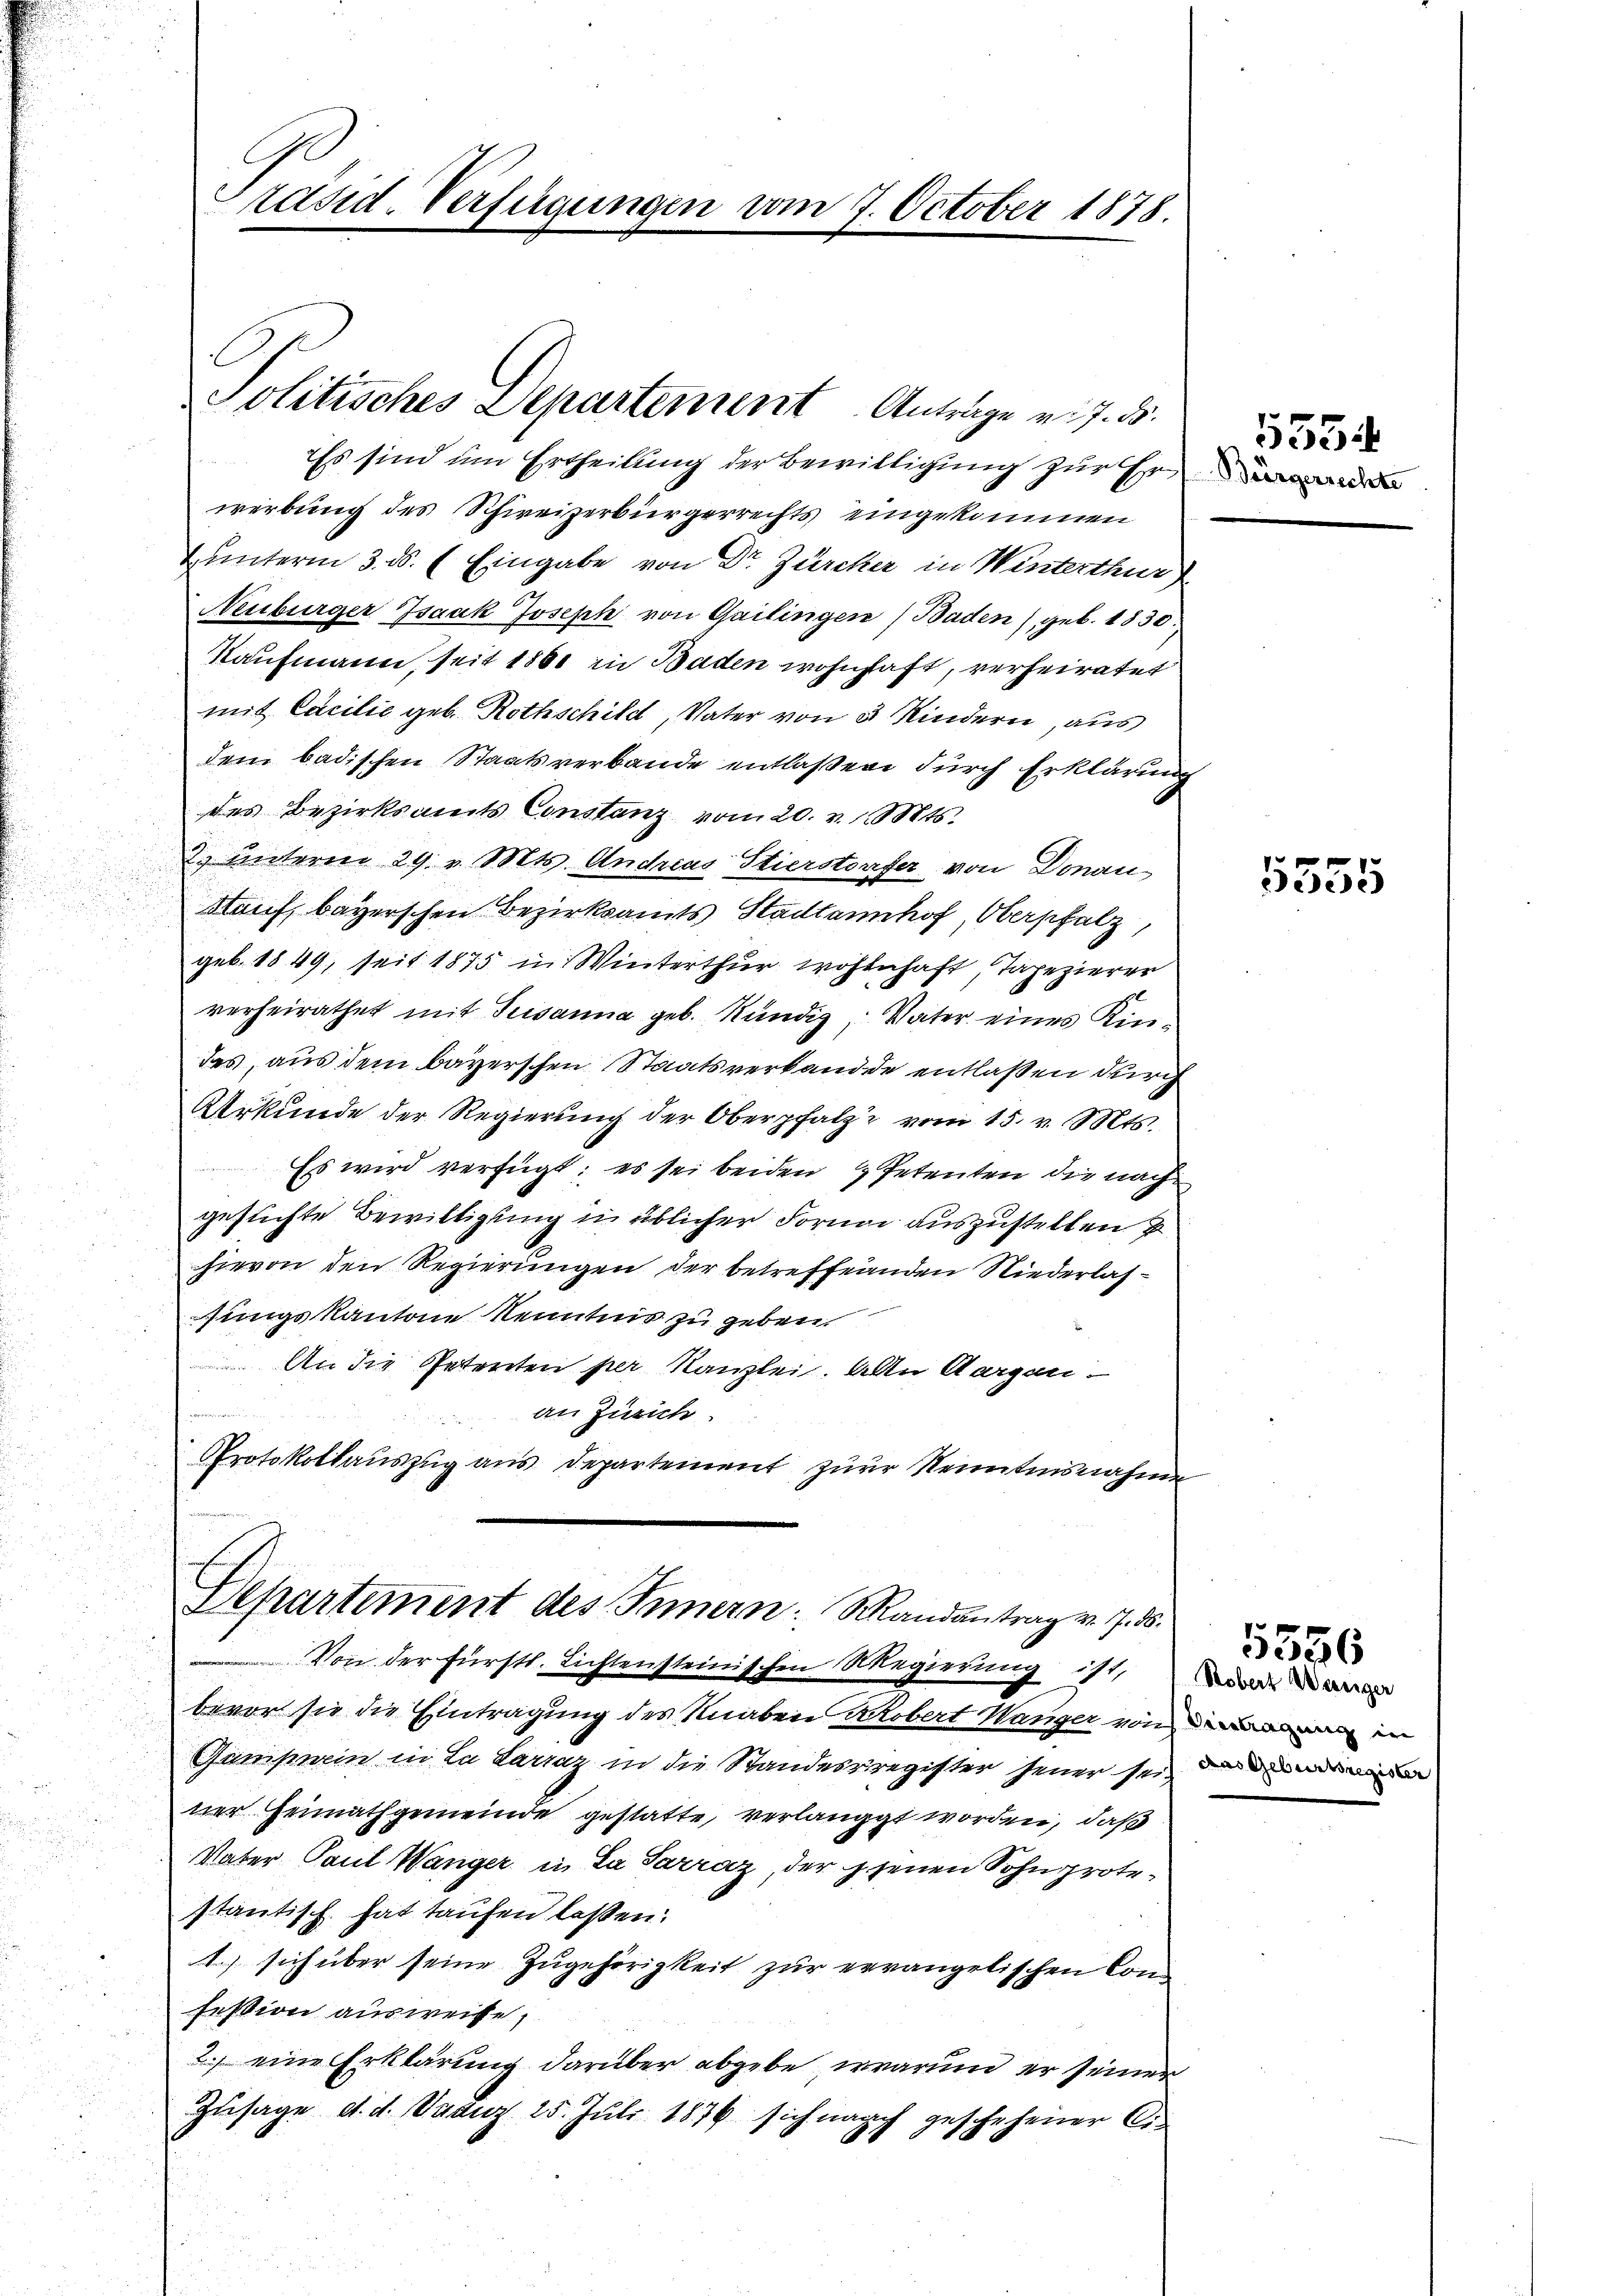
Ess sind um Ertheilung der Bewilligung zur Er
werbung des Schweizerbürgerrechts eingekommen
Zunterm 3. ds. (Eingabe von Dr. Zürcher in Winterthur
Neuburger Isaak Joseph von Gailingen (Baden) geb. 1830.
Kaufmann, seit 1860 in Baden wohnhaft, verheiratet
mit Cacilie geb. Rothschild, Vater von 5 Kindern, aus
dem badischen Staatsverbande entlaßen durch Erklärung
des Bezirkseits Constanz vom 20. v. Mts.
2. Unteren 29. v. Mts. Andreas Stierstorfer von Donau
Kauf, bayerschen Bezirksamts Stadtannhof, Oberpfalz,
geb. 1849, seit 1875 in Winterthur wohnhaft, Tapezierer
verheirathet mit Susanna geb. Kündig, Vater eines Kindes, aus dem bayerschen Staatsverbande entlaßen durch
Urkunde der Regierŭng der Oberpfalz vom 15. v. Mts.
Es wird verfügt: es sei beiden Petenten die nach
gesuchte Bewilligung in üblicher Forme auszustellen u
hievon den Regierungen der betreffenden Niederlasfungskantone Kenntnis zu geben.
An die Petenten per Kanzlei. Alle Aargau.
an Zürich
u
PProtokollauszug aus Departement zur Kenntnisnahme

Präsid. Verfügungen vom 7. October 1878.

Politisches Departement Anträge v. 7. d.

Departement des Innern. Mandantrag v. 7. ds.

Von der Fürstl. Lichtensteinischen Regierung ist,
bevor sie die Eintragung des Knaben Robert Wanger von in
Gamperin in La Parraz in die Standesregister feuer sei, den und den
ner Heimathgemeinde gestatte, verlangt worden, daß
Vater Paul Wanger in La Sarraz, der jenen Sohn protestantisch hat taufen lassen.
1. sich über seine Zugehörigkeit zur ergangelischen Con
fession ausweise,
2. eine Erklärung darüber abgebe, warum er seiner
Zusage d. d. Daduz 25. Juli 1876 sich nach geschehener Ci

155

5355

Robert Weniger

1556